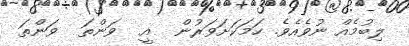
ލިބުމެއް ނުވެއެވެ. ހަމަކަށަވަރުން  އީ  ވަންތަ  ވަންތަ